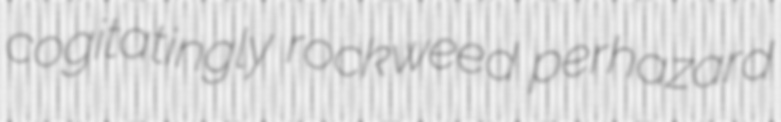
cogitatingly rockweed perhazard